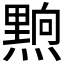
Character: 𮮗